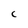
Character: C